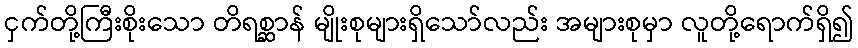
ငှက်တို့ကြီးစိုးသော တိရစ္ဆာန် မျိုးစုများရှိသော်လည်း အများစုမှာ လူတို့ရောက်ရှိ၍